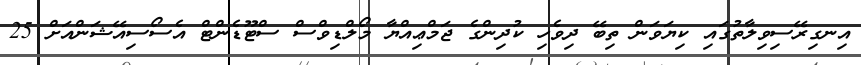
އިނގިރޭސިވިލާތުގައި ކިޔަވަން ތިބޭ ދިވެހި ކުދިންގެ ޖަމްޢިއްޔާ މޯލްޑިވްސް ސްޓޫޑެންޓް އެސޯސިއޭޝަންއަށް 25